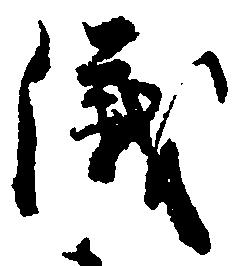
儀